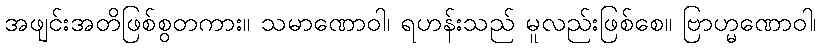
အဖျင်းအတိဖြစ်စွတကား။ သမာဏောဝါ၊ ရဟန်းသည် မူလည်းဖြစ်စေ။ ဗြာဟ္မဏောဝါ၊